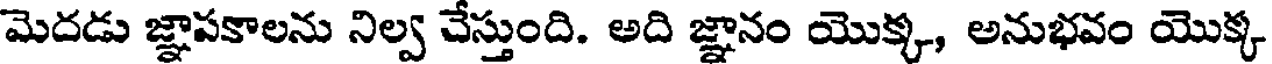
మెదడు జ్ఞాపకాలను నిల్వ చేస్తుంది. అది జ్ఞానం యొక్క, అనుభవం యొక్క